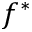
f ^ { * }